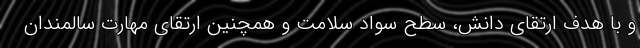
و با هدف ارتقای دانش، سطح سواد سلامت و همچنین ارتقای مهارت سالمندان